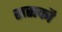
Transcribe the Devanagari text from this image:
शसकौ